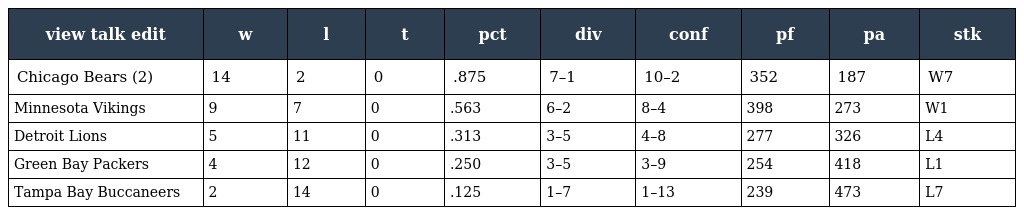
| view talk edit | w | l | t | pct | div | conf | pf | pa | stk |
 | --- | --- | --- | --- | --- | --- | --- | --- | --- | --- |
 | Chicago Bears (2) | 14 | 2 | 0 | .875 | 7–1 | 10–2 | 352 | 187 | W7 |
 | Minnesota Vikings | 9 | 7 | 0 | .563 | 6–2 | 8–4 | 398 | 273 | W1 |
 | Detroit Lions | 5 | 11 | 0 | .313 | 3–5 | 4–8 | 277 | 326 | L4 |
 | Green Bay Packers | 4 | 12 | 0 | .250 | 3–5 | 3–9 | 254 | 418 | L1 |
 | Tampa Bay Buccaneers | 2 | 14 | 0 | .125 | 1–7 | 1–13 | 239 | 473 | L7 |